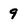
Character: 9